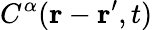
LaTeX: C^{\alpha}(\mathbf{r}-\mathbf{r^{\prime}},t)